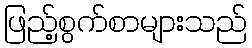
ဖြည့်စွက်စာများသည်